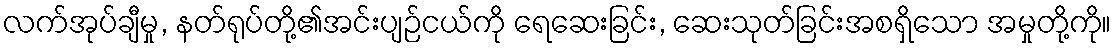
လက်အုပ်ချီမှု, နတ်ရုပ်တို့၏အင်းပျဉ်ငယ်ကို ရေဆေးခြင်း, ဆေးသုတ်ခြင်းအစရှိသော အမှုတို့ကို။